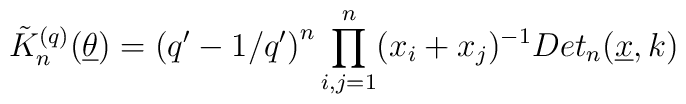
\tilde{K}_{n}^{(q)}(\underline{\theta })=\left( q^{\prime }-1/q^{\prime}\right) ^{n}\prod_{i,j=1}^{n}(x_{i}+x_{j})^{-1}Det_{n}(\underline{x},k)